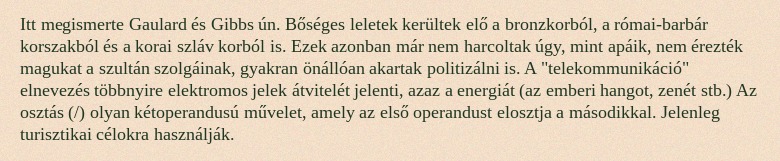
Itt megismerte Gaulard és Gibbs ún. Bőséges leletek kerültek elő a bronzkorból, a római-barbár korszakból és a korai szláv korból is. Ezek azonban már nem harcoltak úgy, mint apáik, nem érezték magukat a szultán szolgáinak, gyakran önállóan akartak politizálni is. A "telekommunikáció" elnevezés többnyire elektromos jelek átvitelét jelenti, azaz a energiát (az emberi hangot, zenét stb.) Az osztás (/) olyan kétoperandusú művelet, amely az első operandust elosztja a másodikkal. Jelenleg turisztikai célokra használják.